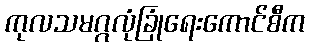
ကုလသမဂ္ဂလုံခြုံရေးကောင်စီက